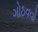
ગોઠવવો